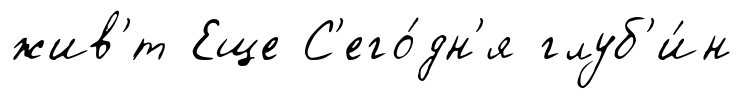
жив'́т Еще С'его́дн'я глуб'и́н